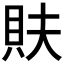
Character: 𮙳